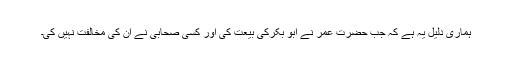
ہماری دلیل یہ ہے کہ جب حضرت عمر نے ابو بکرکی بیعت کی اور کسی صحابی نے ان کی مخالفت نہیں کی۔